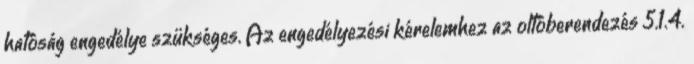
hatóság engedélye szükséges. Az engedélyezési kérelemhez az oltóberendezés 5.1.4.